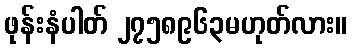
ဖုန်းနံပါတ် ၂၇၅၈၉၆၃မဟုတ်လား။